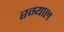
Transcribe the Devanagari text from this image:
रग्याल